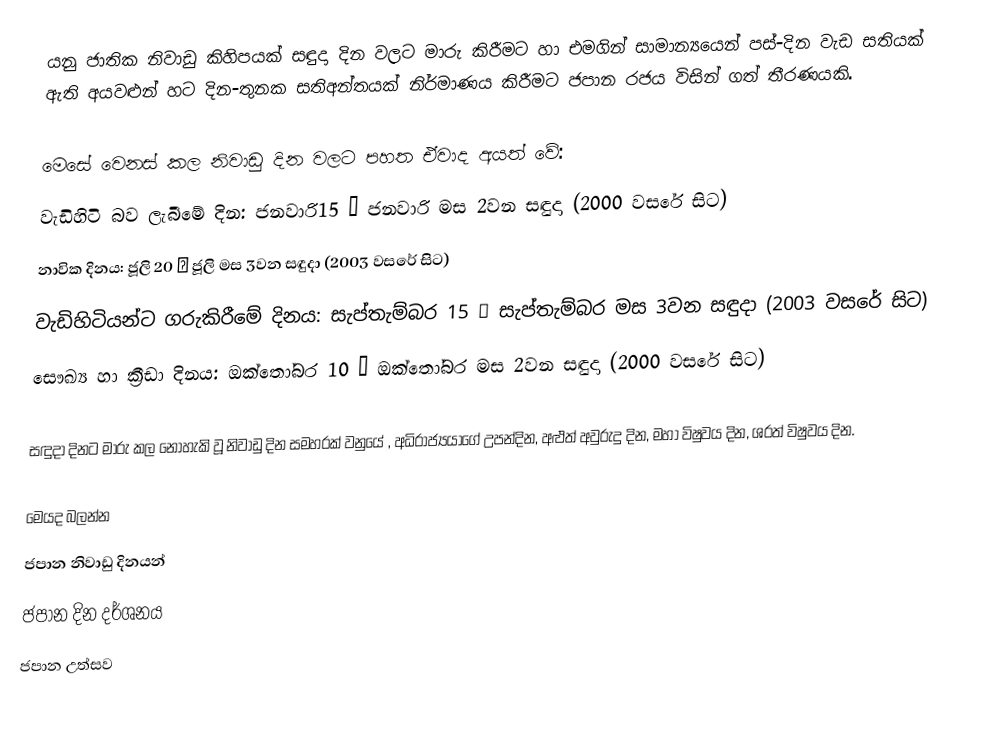
යනු ජාතික නිවාඩු කිහිපයක් සඳුදා දින වලට මාරු කිරීමට හා එමගින් සාමාන්‍යයෙන් පස්-දින වැඩ සතියක් ඇති අයවළුන් හට  දින-තුනක සතිඅන්තයක් නිර්මාණය කිරීමට ජපාන රජය විසින් ගත් තීරණයකි.

මෙසේ වෙනස් කල නිවාඩු දින වලට පහත ඒවාද අයත් වේ:
 වැඩිහිටි බව ලැබීමේ දින: ජනවාරි15 → ජනවාරි මස 2වන සඳුදා (2000 වසරේ සිට)
 නාවික දිනය: ජූලි 20 → ජූලි මස 3වන සඳුදා (2003 වසරේ සිට)
 වැඩිහිටියන්ට ගරුකිරීමේ දිනය: සැප්තැම්බර 15 → සැප්තැම්බර මස 3වන සඳුදා (2003 වසරේ සිට)
 සෞඛ්‍ය හා ක්‍රීඩා දිනය: ඔක්තෝබර 10 → ඔක්තෝබර මස 2වන සඳුදා (2000 වසරේ සිට)

සඳුදා දිනට මාරු කල නොහැකි වූ නිවාඩු දින සමහරක් වනුයේ  , අධිරාජ්‍යයාගේ උපන්දින, අළුත් අවුරුදු දින, මහා විෂුවය දින, ශරත් විෂුවය දින.

මෙයද බලන්න
 ජපාන නිවාඩු දිනයන්
 ජපාන දින දර්ශනය
 ජපාන උත්සව